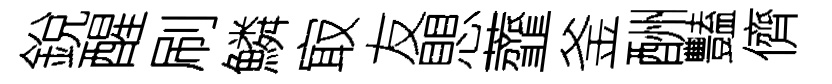
銳醒刷鱗㝡友愳虀釜酬豔儕